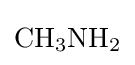
{\mathrm {CH} {\vphantom {A}}_{\smash[{t}]{3}}\mathrm {NH} {\vphantom {A}}_{\smash[{t}]{2}}}